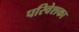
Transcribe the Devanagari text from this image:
परिवेशका